画像に写った文字を読んでください
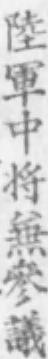
「陸軍中将無参議」と書いてあります